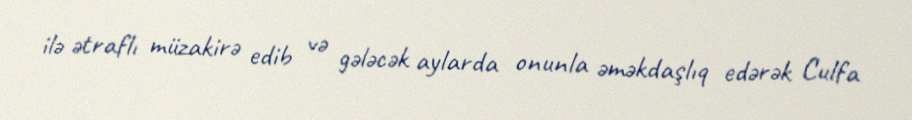
ilə ətraflı müzakirə edib və gələcək aylarda onunla əməkdaşlıq edərək Culfa